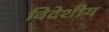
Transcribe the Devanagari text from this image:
विदेशीय